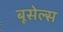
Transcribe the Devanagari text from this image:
बूसेल्स